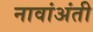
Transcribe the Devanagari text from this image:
नावांअंती